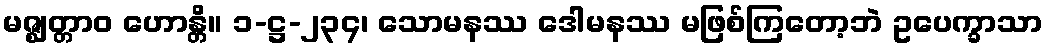
မဇ္ဈတ္တာဝ ဟောန္တိ။ ၁-ဋ္ဌ-၂၃၄၊ သောမနဿ ဒေါမနဿ မဖြစ်ကြတော့ဘဲ ဥပေက္ခာသာ